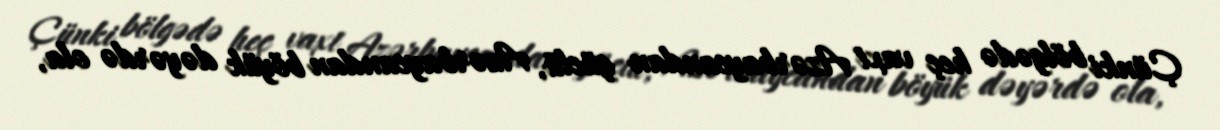
Çünki bölgədə heç vaxt Azərbaycandan güclü, Azərbaycandan böyük dəyərdə ola,